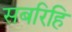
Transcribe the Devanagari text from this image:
सबरिहि